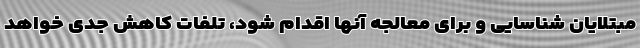
مبتلایان شناسایی و برای معالجه آنها اقدام شود، تلفات کاهش جدی خواهد